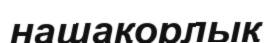
нашақорлық